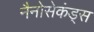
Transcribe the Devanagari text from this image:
नैनोसेकंड्स